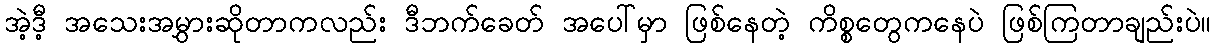
အဲ့ဒီ့ အသေးအမွှားဆိုတာကလည်း ဒီဘက်ခေတ် အပေါ်မှာ ဖြစ်နေတဲ့ ကိစ္စတွေကနေပဲ ဖြစ်ကြတာချည်းပဲ။